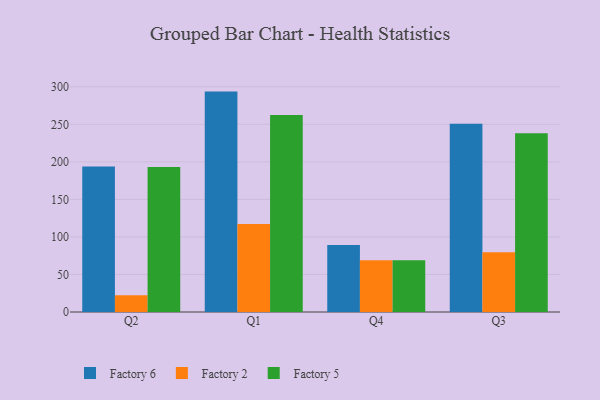
{"axis": {"x": "Quarter", "y": "Website Visitors"}, "legend": ["Factory 2", "Factory 5", "Factory 6"], "data": [{"x": "Q2", "y": 193.7, "type": "Factory 6"}, {"x": "Q2", "y": 22.4, "type": "Factory 2"}, {"x": "Q2", "y": 193.3, "type": "Factory 5"}, {"x": "Q1", "y": 293.6, "type": "Factory 6"}, {"x": "Q1", "y": 117.3, "type": "Factory 2"}, {"x": "Q1", "y": 262.3, "type": "Factory 5"}, {"x": "Q4", "y": 89.3, "type": "Factory 6"}, {"x": "Q4", "y": 69.1, "type": "Factory 2"}, {"x": "Q4", "y": 68.8, "type": "Factory 5"}, {"x": "Q3", "y": 250.7, "type": "Factory 6"}, {"x": "Q3", "y": 79.5, "type": "Factory 2"}, {"x": "Q3", "y": 238.1, "type": "Factory 5"}]}